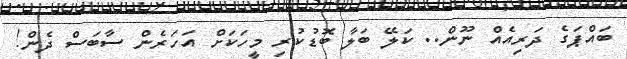
ބައްޕަގެ ދަރިއެއް ނޫން.. ކަލޭ ބަލާ ބޮޑުކުރި މީހަކަށް އަހަރެން ސާބަސް ދެން!